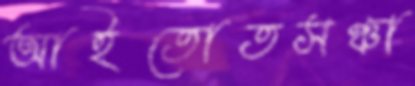
আইতোতসঞ্চা